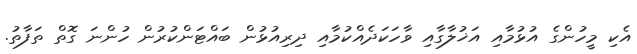
އެކި މީހުންގެ އުޅުމާއި އަޚުލާގާއި ވާހަކަދެއްކުމާއި ދިރިއުޅުން ބައްޓަންކުރުން ހުންނަ ގޮތް ތަފާތު.